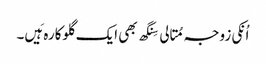
اُنکی زوجہ مِتالی سِنگھ بھی ایک گلوکارہ ہَیں۔